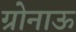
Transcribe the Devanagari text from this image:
ग्रोनाऊ